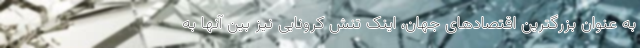
به عنوان بزرگترین اقتصادهای جهان، اینک تنش کرونایی نیز بین آنها به